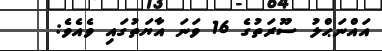
އައްނަޙްލު ސޫރަތުގެ 16 ވަނަ އާޔަތުގައި ވެއެވެ: